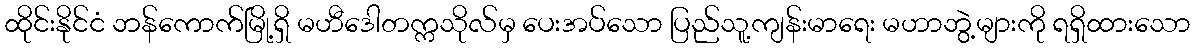
ထိုင်းနိုင်ငံ ဘန်ကောက်မြို့ရှိ မဟီဒေါတက္ကသိုလ်မှ ပေးအပ်သော ပြည်သူ့ကျန်းမာရေး မဟာဘွဲ့များကို ရရှိထားသော